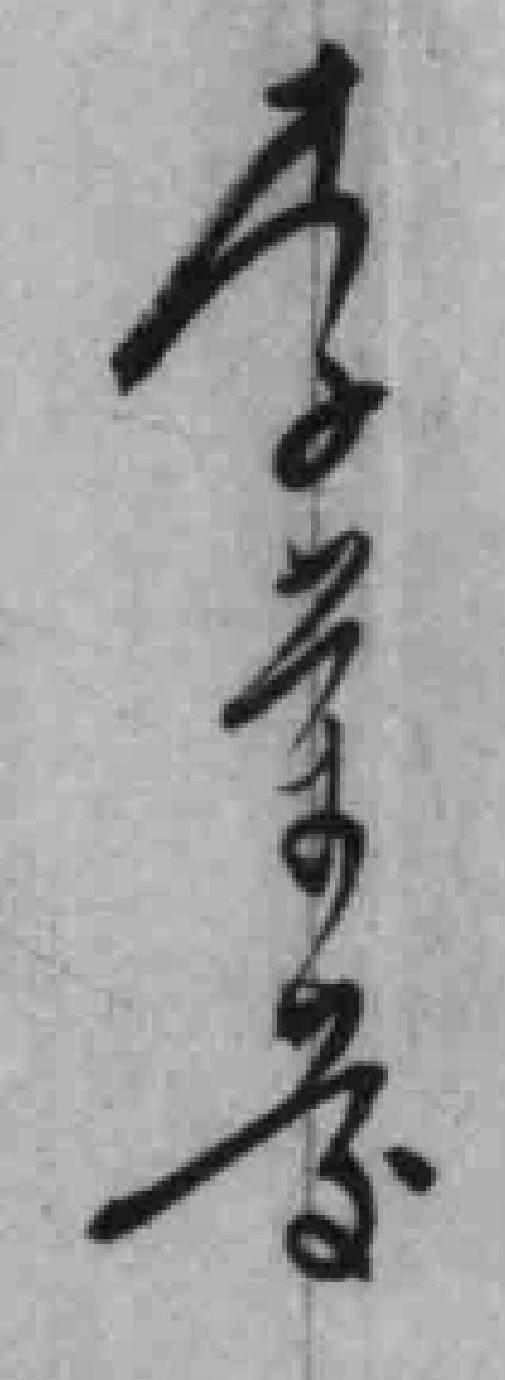
李荣慶